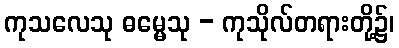
ကုသလေသု ဓမ္မေသု - ကုသိုလ်တရားတို့၌၊